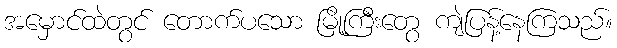
အမှောင်ထဲတွင် တောက်ပသော မြို့ကြီးတွေ ကျဲပြန့်နေကြသည်။